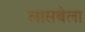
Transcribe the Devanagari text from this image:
लासबेला